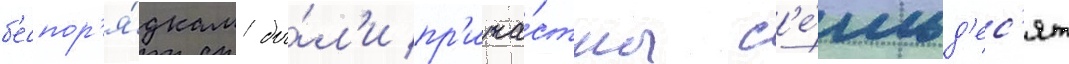
б'еспор'я́дкам бы́л'и пр'ича́стны с'е́мьд'ес'ят